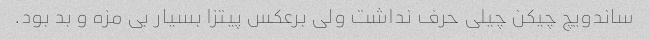
ساندویچ چیکن چیلی حرف نداشت ولی برعکس پیتزا بسیار بی مزه و بد بود.